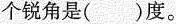
个锐角是()度。